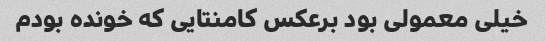
خیلی معمولی بود برعکس کامنتایی که خونده بودم